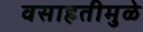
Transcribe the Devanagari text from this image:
वसाहतीमुळे